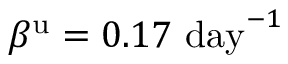
\beta ^ { \mathrm { u } } = 0 . 1 7 ~ \mathrm { d a y } ^ { - 1 }